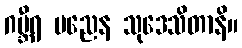
ဂမ္ဘီရ ပညေန သုဒေသိတာနိ။